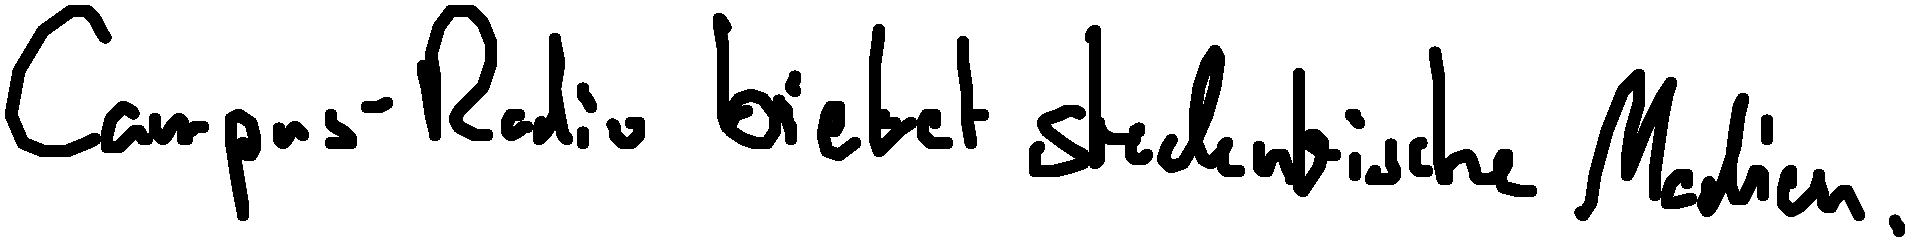
Campus-Radio bietet studentische Medien.